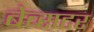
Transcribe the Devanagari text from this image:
बेब्सटर